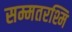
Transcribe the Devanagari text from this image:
सम्मतरश्मि